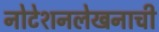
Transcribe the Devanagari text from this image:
नोटेशनलेखनाची